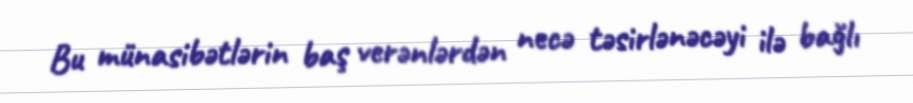
Bu münasibətlərin baş verənlərdən necə təsirlənəcəyi ilə bağlı